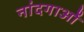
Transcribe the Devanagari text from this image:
नांदगाओं